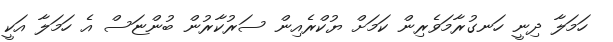
ހަމަލާ ދިނީ ހަނގުރާމަވެރިން ކަމަށް ޔުކްރެއިން ސަރުކާރުން ބުންޏަސް އެ ހަމަލާ އަކީ